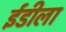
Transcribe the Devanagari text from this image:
ईडीला